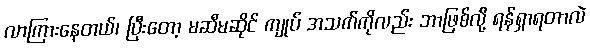
လာကြားနေတယ်၊ ပြီးတော့ မဆီမဆိုင် ကျုပ် အသက်ကိုလည်း ဘာဖြစ်လို့ ရန်ရှာရတာလဲ